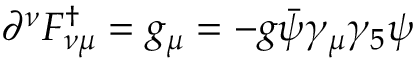
\partial ^ { \nu } F _ { \nu \mu } ^ { \dagger } = g _ { \mu } = - g \bar { \psi } \gamma _ { \mu } \gamma _ { 5 } \psi